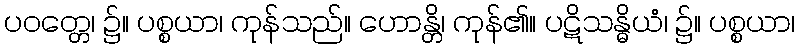
ပဝတ္တေ၊ ၌။ ပစ္စယာ၊ ကုန်သည်။ ဟောန္တိ၊ ကုန်၏။ ပဋိသန္ဓိယံ၊ ၌။ ပစ္စယာ၊